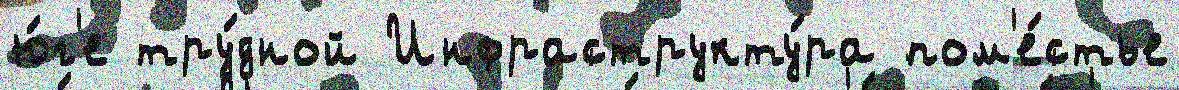
ю́г'е тру́дной Инфраструкту́ра пом'е́стье